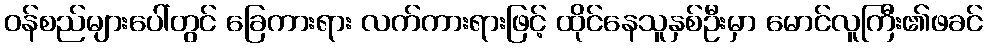
ဝန်စည်များပေါ်တွင် ခြေကားရား လက်ကားရားဖြင့် ထိုင်နေသူနှစ်ဦးမှာ မောင်လူကြီး၏ဖခင်